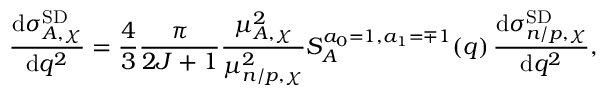
\frac { \mathrm { d } \sigma _ { A , \chi } ^ { \mathrm { S D } } } { \mathrm { d } q ^ { 2 } } = \frac { 4 } { 3 } \frac { \pi } { 2 J + 1 } \frac { \mu _ { A , \chi } ^ { 2 } } { \mu _ { n / p , \chi } ^ { 2 } } S _ { A } ^ { a _ { 0 } = 1 , a _ { 1 } = \mp 1 } ( q ) \, \frac { \mathrm { d } \sigma _ { n / p , \chi } ^ { \mathrm { S D } } } { \mathrm { d } q ^ { 2 } } ,